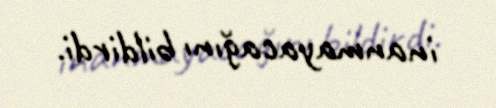
inanmayacağını bildirdi.